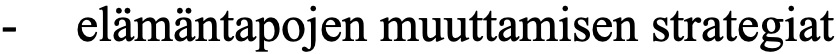
-  elämäntapojen muuttamisen strategiat